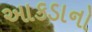
આકડાનો